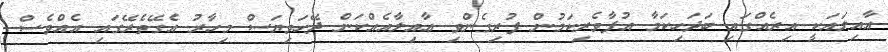
ޢާއިލައަކީ އިރެއްގައި ބަދަހިކަމާ އުފާވެރިކަމުން ފުރިގެންވި ޢާއިލާއެއްކަން ދޭހަވިޔަސް މިހާރު އެގޭތެރޭގައި އެއްވެސް